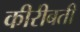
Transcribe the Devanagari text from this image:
कीरीबती